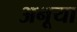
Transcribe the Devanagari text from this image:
अनूया